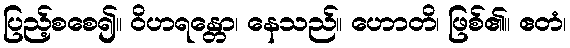
ပြည့်စစေ၍။ ဝိဟရန္တော၊ နေသည်။ ဟောတိ၊ ဖြစ်၏။ ဧတံ၊